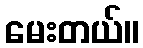
မေးတယ်။